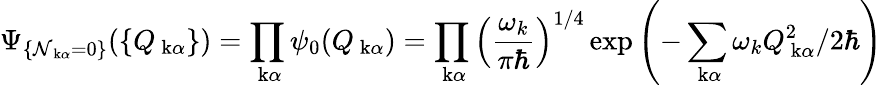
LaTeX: \Psi_{\{ \mathcal{N}_{\mathrm{{\mathbf{~}k}}\alpha}=0\} }(\{ Q_{\mathrm{{\mathbf{~}k}}\alpha}\} )=\prod_{\mathrm{{\mathbf{~}k}}\alpha}\psi_{0}(Q_{\mathrm{{\mathbf{~}k}}\alpha})=\prod_{\mathrm{{\mathbf{~}k}}\alpha}\left(\frac{{\omega_{k}}}{{\pi\hbar}}\right)^{1/4}\exp\left(-\sum_{\mathrm{{\mathbf{~}k}}\alpha}\omega_{k}Q_{\mathrm{{\mathbf{~}k}}\alpha}^{2}/2\hbar\right)